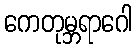
ကေတုမ္ဘရာဂေါ